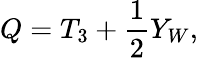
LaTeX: Q=T_{3}+{\frac{1}{2}}Y_{W},